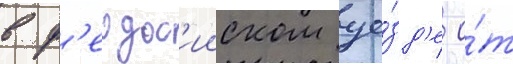
в ф'еодос'ииском уе́зд'е о́т